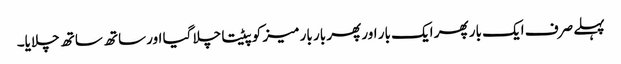
پہلے صرف ایک بار پھر ایک بار اور پھر بار بار میز کو پیٹتا چلا گیا اور ساتھ ساتھ چلایا۔